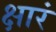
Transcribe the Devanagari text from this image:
क्षारं